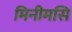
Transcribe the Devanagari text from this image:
मिनीमसि